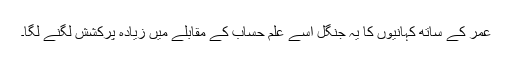
عمر کے ساتھ کہانیوں کا یہ جنگل اسے علمِ حساب کے مقابلے میں زیادہ پرکشش لگنے لگا۔